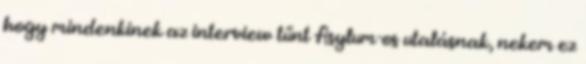
hogy mindenkinek az interview tűnt Asylum-os utalásnak, nekem ez